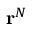
\mathbf { r } ^ { N }